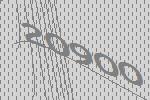
20900